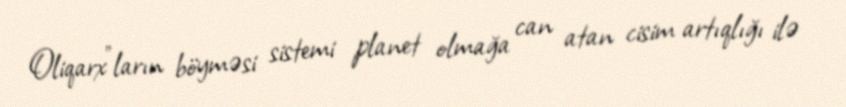
Oliqarx"ların böyməsi sistemi planet olmağa can atan cisim artıqlığı ilə